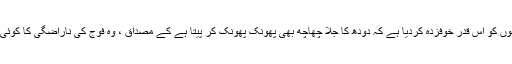
ملک میں چار فوجی حکومتوں نے سیاستدانوں کو اس قدر خوفزدہ کردیا ہے کہ دودھ کا جلا چھاچھ بھی پھونک پھونک کر پیتا ہے کے مصداق ، وہ فوج کی ناراضگی کا کوئی خطرہ مول لینے کے لئے تیار نہیں ہوتے۔